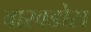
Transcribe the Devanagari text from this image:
वारवडोस